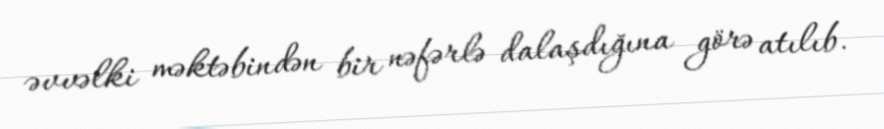
əvvəlki məktəbindən bir nəfərlə dalaşdığına görə atılıb.